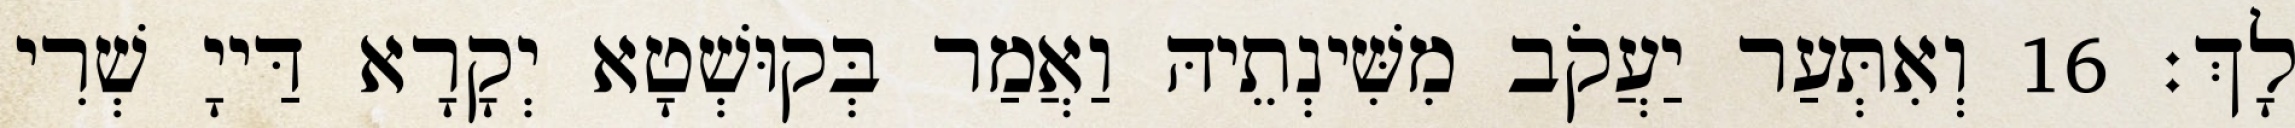
לָךְ׃ 16 וְאִתְּעַר יַעֲקֹב מִשִּׁינְתֵיהּ וַאֲמַר בְּקוּשְׁטָא יְקָרָא דַּייָ שְׁרִי